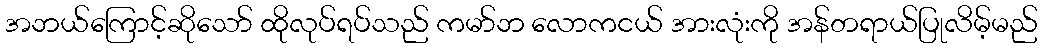
အဘယ်ကြောင့်ဆိုသော် ထိုလုပ်ရပ်သည် ကမာ်ဘ လောကငယ် အားလုံးကို အန်တရာယ်ပြုလိမ့်မည်